Indian journal of veterinary science and animal husbandry - Volumes 28-29, 1958-1959
Year: 1958
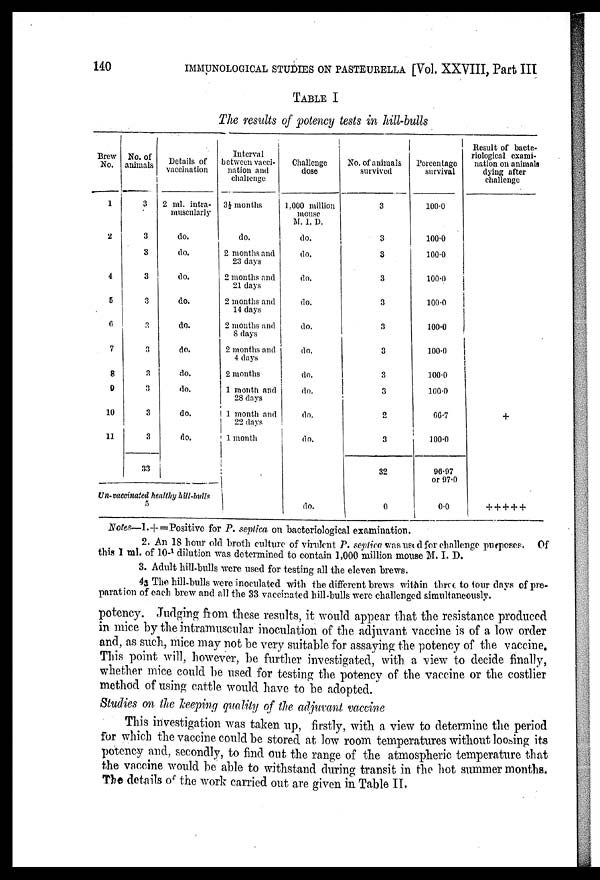
140
IMMUNOLOGICAL STUDIES ON PASTEURELLA [Vol. XXVIII, Part III
TABLE I
The results of potency tests in hill-bulls
Brew
No.
1
2
4
5
6
7
8
0
10
11
No. of
animals
3
3
3
3
3
3
3
3
3
3
3
33
Details of
vaccination
2 ml. intra-
muscularly
do.
do.
do.
do.
do.
do.
do.
do.
do.
do.
Un-vaccinated healthy hill-bulls
5
Interval
between vacci-
nation and
challenge
3½ months
do.
2 months and
23 days
2 months and
21 days
2 months and
14 days
2 months and
8 days
2 months and
4 days
2 months
1 month and
28 days
1 month and
22 days
1 month
Challenge
dose
1,000 million
mouse
M. I. D.
do.
do.
do.
do.
do.
do.
do.
do.
do.
do.
do.
No. of animals
survived
3
3
3
3
3
3
3
3
3
2
3
32
0
Percentage
survival
100.0
100.0
100.0
100.0
100.0
100.0
100.0
100.0
100.0
66.7
100.0
96.97
or 97.0
0.0
Result of bacte-
riological exami-
nation on animals
dying after
challenge
+
+++++
Notes—1.+= Positive for P. septica on bacteriological examination.
2. An 18 hour old broth culture of virulent P. septica was used for challenge purposes. Of
this I ml. of 10- 1 dilution was determined to contain 1,000 million mouse M. I. D.
3. Adult hill-bulls were used for testing all the eleven brews.
4. The hill-bulls were inoculated with the different brews within three to four days of pre-
paration of each brew and all the 33 vaccinated hill-bulls were challenged simultaneously.
potency. Judging from these results, it would appear that the resistance produced
in mice by the intramuscular inoculation of the adjuvant vaccine is of a low order
and, as such, mice may not be very suitable for assaying the potency of the vaccine.
This point will, however, be further investigated, with a view to decide finally,
whether mice could be used for testing the potency of the vaccine or the costlier
method of using cattle would have to be adopted.
Studies on the keeping quality of the adjuvant vaccine
This investigation was taken up, firstly, with a view to determine the period
for which the vaccine could be stored at low room temperatures without loosing its
potency and, secondly, to find out the range of the atmospheric temperature that
the vaccine would be able to withstand during transit in the hot summer months.
The details of the work carried out are given in Table II,